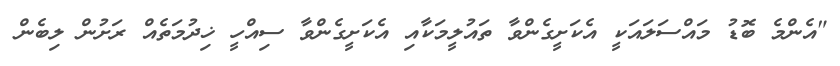
"އެންމެ ބޮޑު މައްސަލައަކީ އެކަށީގެންވާ ތައުލީމަކާއި އެކަށީގެންވާ ސިއްހީ ޚިދުމަތެއް ރަށުން ލިބެން